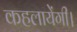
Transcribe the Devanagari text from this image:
कहलायेंगी।